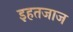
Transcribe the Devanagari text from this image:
इहतजाज